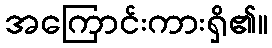
အကြောင်းကားရှိ၏။